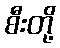
စီးတို့